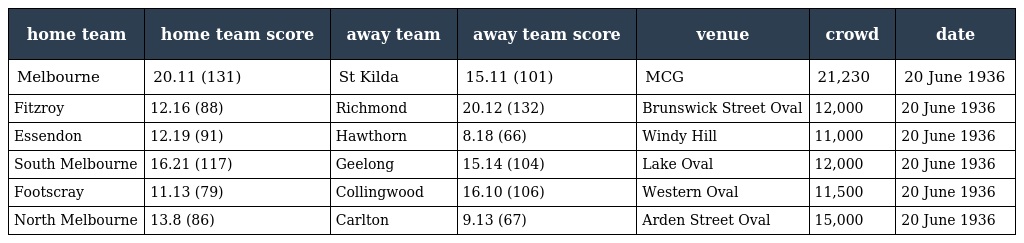
| home team | home team score | away team | away team score | venue | crowd | date |
 | --- | --- | --- | --- | --- | --- | --- |
 | Melbourne | 20.11 (131) | St Kilda | 15.11 (101) | MCG | 21,230 | 20 June 1936 |
 | Fitzroy | 12.16 (88) | Richmond | 20.12 (132) | Brunswick Street Oval | 12,000 | 20 June 1936 |
 | Essendon | 12.19 (91) | Hawthorn | 8.18 (66) | Windy Hill | 11,000 | 20 June 1936 |
 | South Melbourne | 16.21 (117) | Geelong | 15.14 (104) | Lake Oval | 12,000 | 20 June 1936 |
 | Footscray | 11.13 (79) | Collingwood | 16.10 (106) | Western Oval | 11,500 | 20 June 1936 |
 | North Melbourne | 13.8 (86) | Carlton | 9.13 (67) | Arden Street Oval | 15,000 | 20 June 1936 |